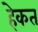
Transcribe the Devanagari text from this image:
हेकत